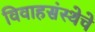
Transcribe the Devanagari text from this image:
विवाहसंस्थेचे